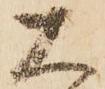
大